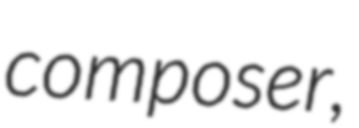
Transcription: composer,